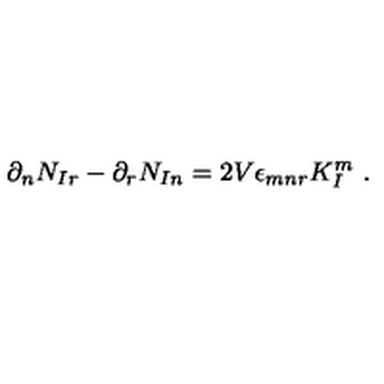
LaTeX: \partial _ { n } N _ { I r } - \partial _ { r } N _ { I n } = 2 V \epsilon _ { m n r } K _ { I } ^ { m } \ .